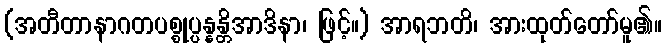
(အတီတာနာဂတပစ္စုပ္ပန္နန္တိအာဒိနာ၊ ဖြင့်။) အာရဘတိ၊ အားထုတ်တော်မူ၏။